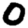
Digit: 0